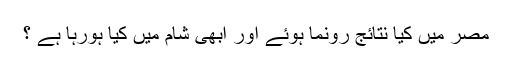
مصر میں کیا نتائج رونما ہوئے اور ابھی شام میں کیا ہورہا ہے ؟